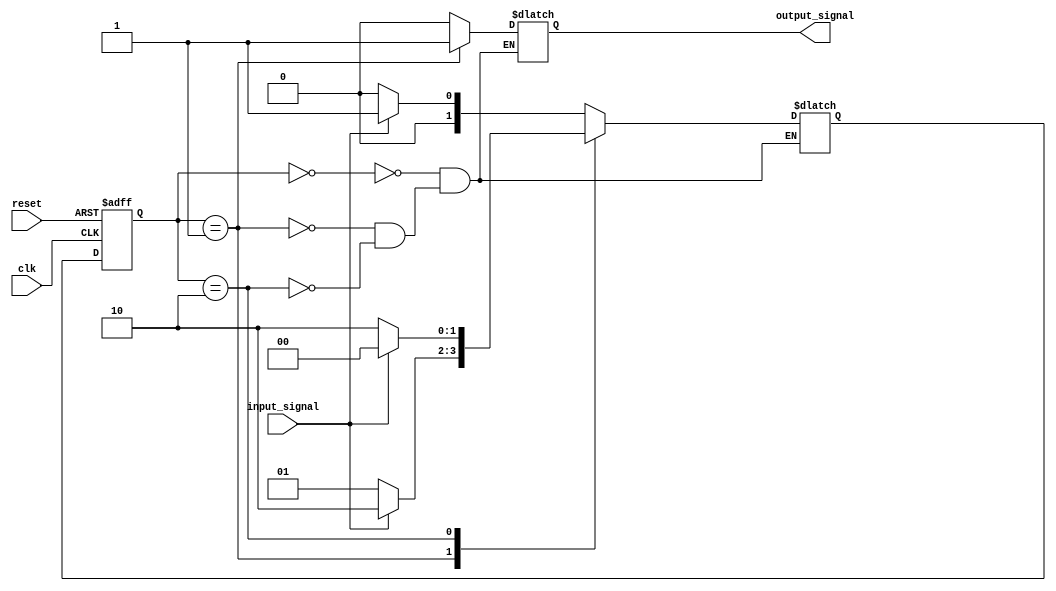
module state_machine(
  input wire clk,
  input wire reset,
  input wire input_signal,
  
  output reg output_signal
);

// State definitions
parameter STATE_IDLE = 2'b00;
parameter STATE_A = 2'b01;
parameter STATE_B = 2'b10;

reg [1:0] current_state, next_state;

// State machine logic
always @(posedge clk or posedge reset) begin
  if (reset) begin
    current_state <= STATE_IDLE;
  end else begin
    current_state <= next_state;
  end
end

// Hierarchical State Blocks
always @(*) begin
  case(current_state)
    STATE_IDLE: begin
      if(input_signal) begin
        next_state = STATE_A;
      end else begin
        next_state = STATE_IDLE;
      end
    end
    STATE_A: begin
      if(input_signal) begin
        next_state = STATE_B;
      end else begin
        next_state = STATE_A;
      end
    end
    STATE_B: begin
      if(input_signal) begin
        next_state = STATE_IDLE;
      end else begin
        next_state = STATE_B;
      end
    end
  endcase
end

// Output logic
always @(*) begin
  case(current_state)
    STATE_IDLE: begin
      output_signal = 1'b0;
    end
    STATE_A: begin
      output_signal = 1'b1;
    end
    STATE_B: begin
      output_signal = 1'b0;
    end
  endcase
end

endmodule